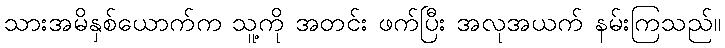
သားအမိနှစ်ယောက်က သူ့ကို အတင်း ဖက်ပြီး အလုအယက် နမ်းကြသည်။